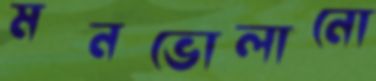
মনভোলানো